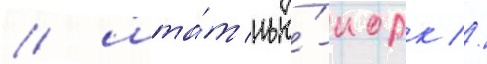
/ шта́т нью́-иорк //